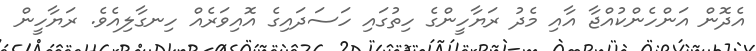
އެދޮން އަންހެންކުއްޖާ އާއި މެދު ރަޔާހީންގެ ހިތުގައި ހަސަދައިގެ އޮއިވަރެއް ހިނގާލިއެވެ. ރަޔާހީން